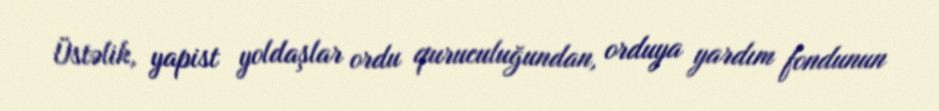
Üstəlik, yapist yoldaşlar ordu quruculuğundan, orduya yardım fondunun